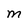
Character: M